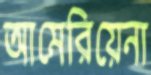
আমেরিয়েনা